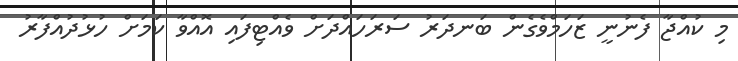
މި ކުއްޖާ ފެނުނީ ޒަހަމްވެގެން ބަނދަރު ސަރަހައްދަށް ވެއްޓިފައި އޮއްވާ ކަމަށް ހުޅުދުއްފާރު